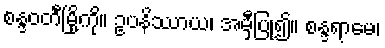
စန္ဒဝတီမြို့ကို။ ဥပနိဿာယ၊ အမှီပြု၍။ စန္ဒရာမေ၊